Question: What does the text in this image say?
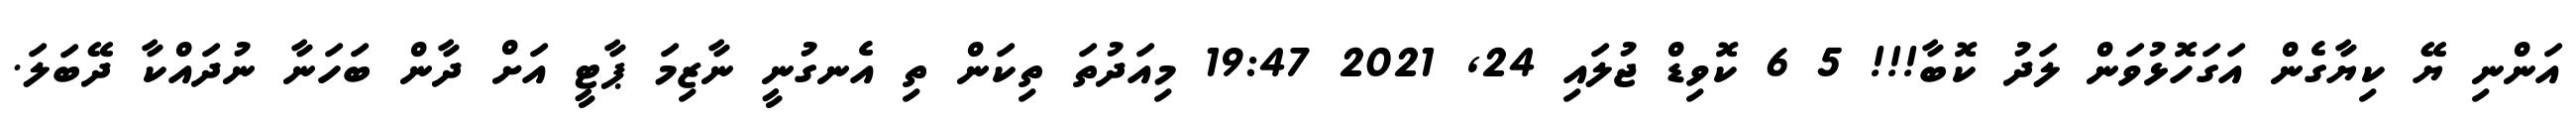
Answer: އަންނި ޔޭ ކިޔާގެން އަގަހޮޅުވަން ލަދު ކޮބާ!!! 5 6 ކޮވިޑް ޖުލައި 24, 2021 19:47 މިއަދުތަ ތިކަން ތި އެނގުނީ ނާޒިމަ ޕާޓީ އަށް ދާން ބަހަނާ ނުދައްކާ ދޭބަލަ.